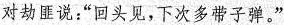
对劫匪说：“回头见，下次多带子弹。”